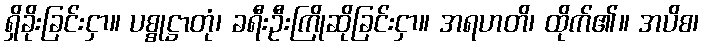
ရှိခိုးခြင်းငှာ။ ပစ္စုဋ္ဌာတုံ၊ ခရီးဦးကြိုဆိုခြင်းငှာ။ အရဟတိ၊ ထိုက်၏။ အပိစ၊